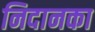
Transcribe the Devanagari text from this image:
निदानका